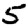
Digit: 5